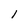
Character: l